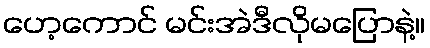
ဟေ့ကောင် မင်းအဲဒီလိုမပြောနဲ့။